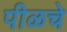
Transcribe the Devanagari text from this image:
पीळचे